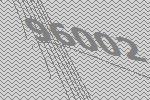
96002